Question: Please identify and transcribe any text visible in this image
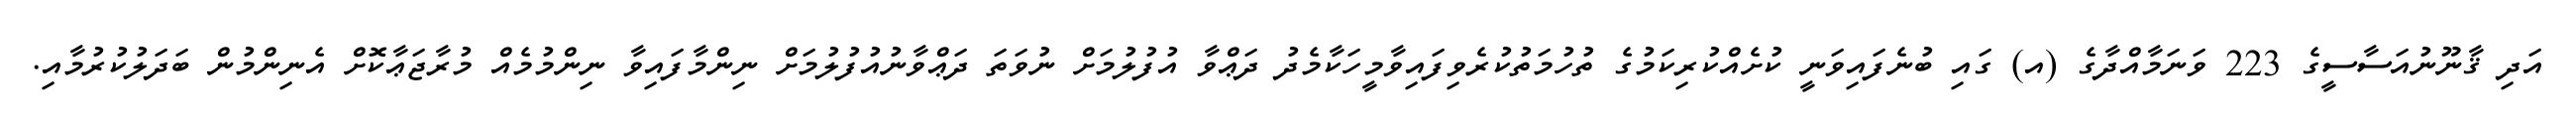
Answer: އަދި ޤާނޫނުއަސާސީގެ 223 ވަނަމާއްދާގެ (އ) ގައި ބުނެފައިވަނީ ކުށެއްކުރިކަމުގެ ތުހުމަތުކުރެވިފައިވާމީހަކާމެދު ދަޢްވާ އުފުލުމަށް ނުވަތަ ދަޢްވާނުއުފުލުމަށް ނިންމާފައިވާ ނިންމުމެއް މުރާޖަޢާކޮށް އެނިންމުން ބަދަލުކުރުމާއި.